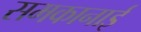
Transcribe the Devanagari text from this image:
समकानाई